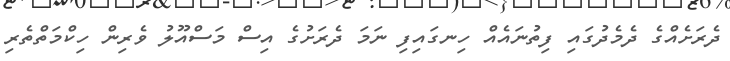
ދެރަށެއްގެ ދެމެދުގައި ފިތުނައެއް ހިނގައިފި ނަމަ ދެރަށުގެ އިސް މަސްއޫލު ވެރިން ހިކްމަތްތެރި